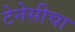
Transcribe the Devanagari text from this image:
टेनेसीचा